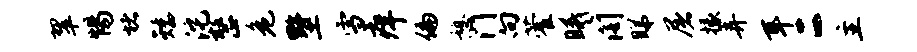
翠惕堵矮沱整危墅雪痒偏憩门向藿曦阁睇屠掾弄耳二主